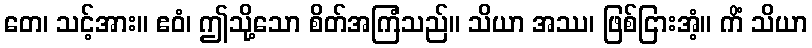
တေ၊ သင့်အား။ ဧဝံ၊ ဤသို့သော စိတ်အကြံသည်။ သိယာ အဿ၊ ဖြစ်ငြားအံ့။ ကိံ သိယာ